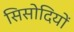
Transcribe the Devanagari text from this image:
सिसोदियों